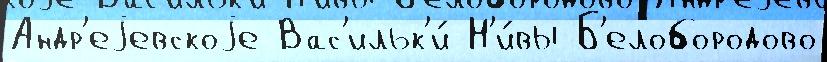
Андр'еjевскоjе Вас'ильк'и́ Н'и́вы Б'елобородово